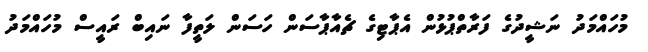
މުހައްމަދު ނަޝީދުގެ ފަރާތްޕުޅުން އެޕާޓިގެ ޗެއާޕާސަން ހަސަން ލަތީފާ ނައިބް ރައީސް މުހައްމަދު